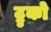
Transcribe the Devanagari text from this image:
ट्रुको